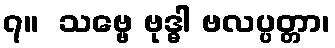
၇။  သဗ္ဗေ ဗုဒ္ဓါ ဗလပ္ပတ္တာ၊